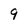
Character: 9